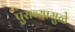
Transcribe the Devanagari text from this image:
पुराव्यामुळे